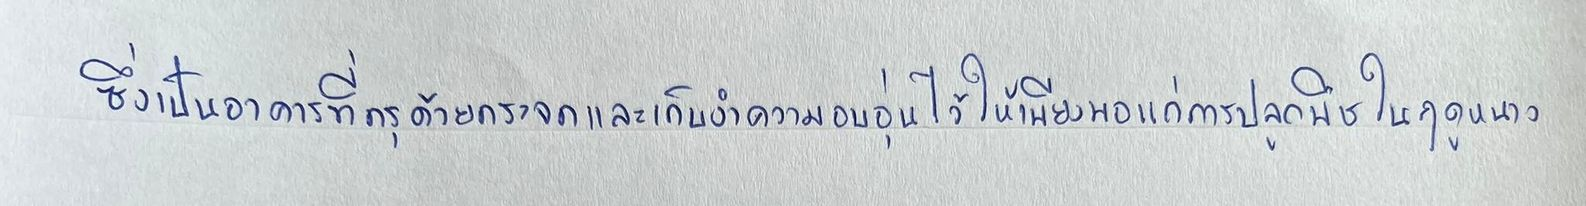
ซึ่งเป็นอาคารที่กรุด้วยกระจกและเก็บงำความอบอุ่นไว้ให้เพียงพอแก่การปลูกพืชในฤดูหนาว